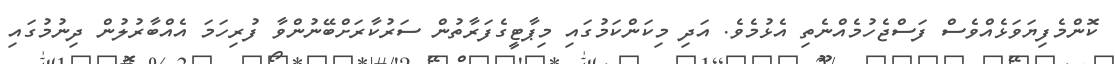
ކޮންމެފިޔަވަޅެއްވެސް ފަސްޖެހުމެއްނެތި އެޅުމެވެ. އަދި މިކަންކަމުގައި މިޕާޓީގެފަރާތުން ސަރުކާރަށްބޭނުންވާ ފުރިހަމަ އެއްބާރުލުން ދިނުމުގައި